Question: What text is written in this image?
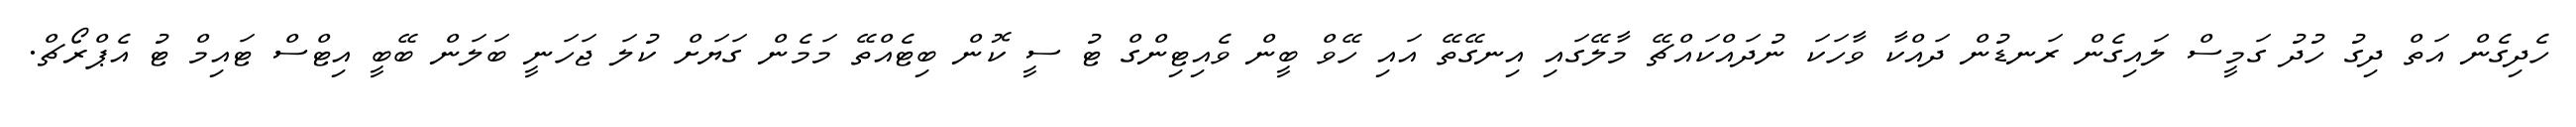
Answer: ހެދިގެން އަތް ދިގު ހުދު ގަމީސް ލައިގެން ރަނޑުން ދައްކާ ވާހަކަ ނުދައްކައްޗޭ މާލޭގައި އިނގޭތޭ އައި ހޭވް ބީން ވެއިޓިންގް ޓު ސީ ކޮން ބިޓެއްތޭ މަމެން ގަޔަށް ކުލަ ޖަހަނީ ބަލަން ބޭބީ އިޓްސް ޓައިމް ޓު އެޕްރޯޗް.